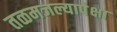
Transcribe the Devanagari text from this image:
तळमजल्यापेक्षा